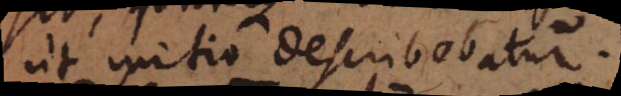
ut initio describebatur.